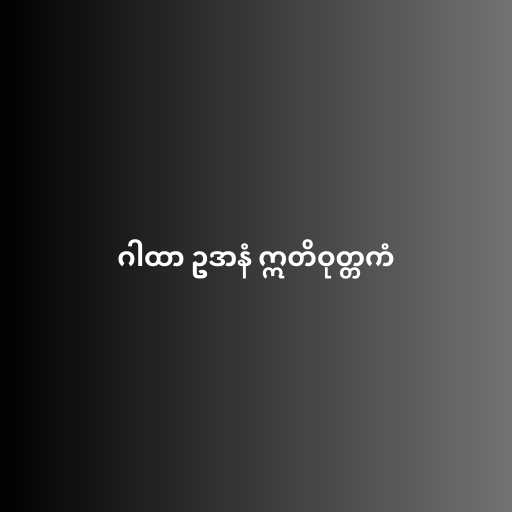
ဂါထာ ဥဒာနံ ဣတိဝုတ္တကံ